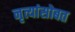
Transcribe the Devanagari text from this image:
नृत्यांसोबत